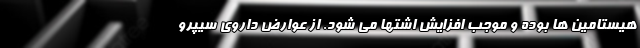
هیستامین ها بوده و موجب افزایش اشتها می شود. از عوارض داروی سیپرو